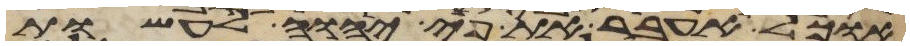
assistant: אוכל לעבר את פי יהוה לעשות